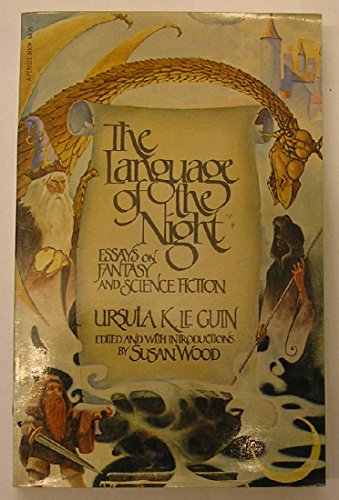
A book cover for The Language of the Night: Essays on Fantasy and Science Fiction; Ursula K. Le Guin; Science Fiction & Fantasy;